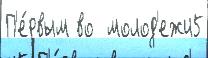
П'е́рвым во  молод'ежи5